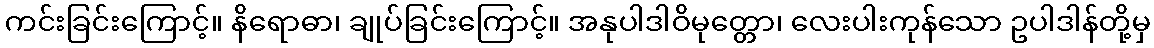
ကင်းခြင်းကြောင့်။ နိရောဓာ၊ ချုပ်ခြင်းကြောင့်။ အနုပါဒါဝိမုတ္တော၊ လေးပါးကုန်သော ဥပါဒါန်တို့မှ